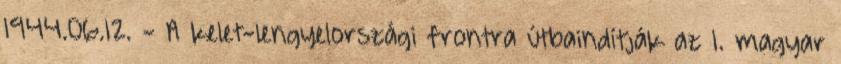
1944.06.12. - A kelet-lengyelországi frontra útbaindítják az 1. magyar